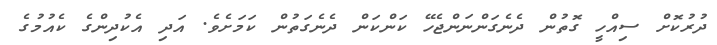
ދުރުކޮށް ސިއްހީ ގޮތުން ދެނެގަންނަންޖެހޭ ކަންކަން ދެނެގަތުން ކަމަށެވެ. އަދި އެކުދިންގެ ކެއުމުގެ